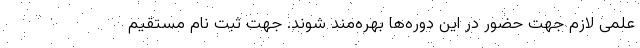
علمی لازم جهت حضور در این دوره‌ها بهره‌مند شوند. جهت ثبت نام مستقیم